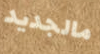
مالجديد